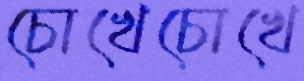
চোখেচোখে